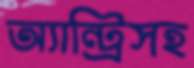
অ্যান্ট্রিসহ